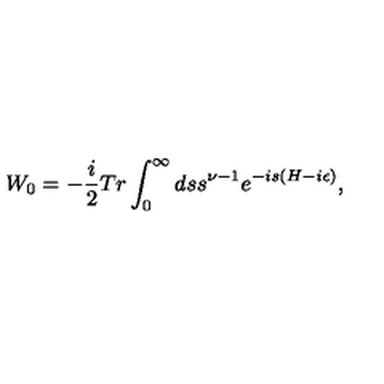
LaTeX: W _ { 0 } = - { \frac { i } { 2 } } T r \int _ { 0 } ^ { \infty } d s s ^ { \nu - 1 } e ^ { - i s ( H - i \epsilon ) } ,